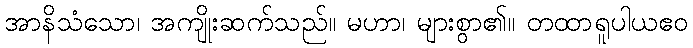
အာနိသံသော၊ အကျိုးဆက်သည်။ မဟာ၊ များစွာ၏။ တထာရူပါယဧဝ